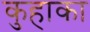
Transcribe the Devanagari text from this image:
कुहाका